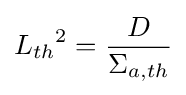
{L_{th}}^{2}={\frac {D}{\Sigma _{a,th}}}